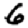
Digit: 6